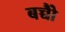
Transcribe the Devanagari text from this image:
बच्चोेैं